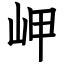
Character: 岬